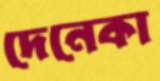
দেনেকা